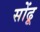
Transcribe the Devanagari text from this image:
सोंढू